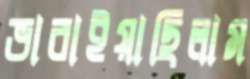
ভাবাইয়াছিলাম